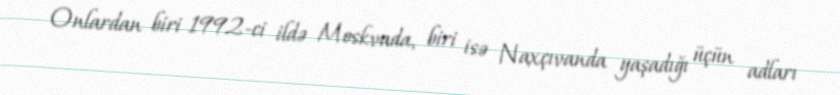
Onlardan biri 1992-ci ildə Moskvada, biri isə Naxçıvanda yaşadığı üçün adları